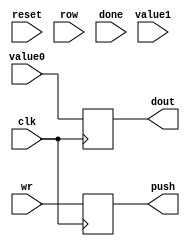
module place_holder(
    input clk,
    input reset,
    input [9:0] row,
    input [63:0] value0,
    input [63:0] value1,
    input wr,
    output push,
    output [63:0] dout,
    input done);

    reg [63:0] r_value;
    reg r_push;

    always @(posedge clk) begin
        r_value <= value0;
        r_push <= wr;
    end
    assign push = r_push;
    assign dout = r_value;

endmodule